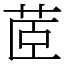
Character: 茝